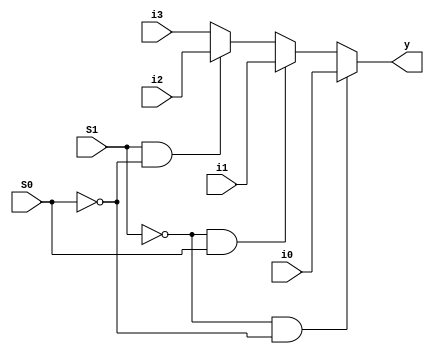
//design
module multiplexer (
  input wire i0,      // First input
  input wire i1,      // Second input
  input wire i2,      // Third input
  input wire i3,      // Fourth input
  input wire S0,      // Select input bit 0
  input wire S1,      // Select input bit 1
  output wire y       // Output
);
  // Dataflow modeling using conditional operator
  assign y = (S1 == 0 && S0 == 0) ? i0 :
             (S1 == 0 && S0 == 1) ? i1 :
             (S1 == 1 && S0 == 0) ? i2 :
             i3;
endmodule